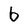
Character: b